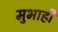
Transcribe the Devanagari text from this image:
मुभाही